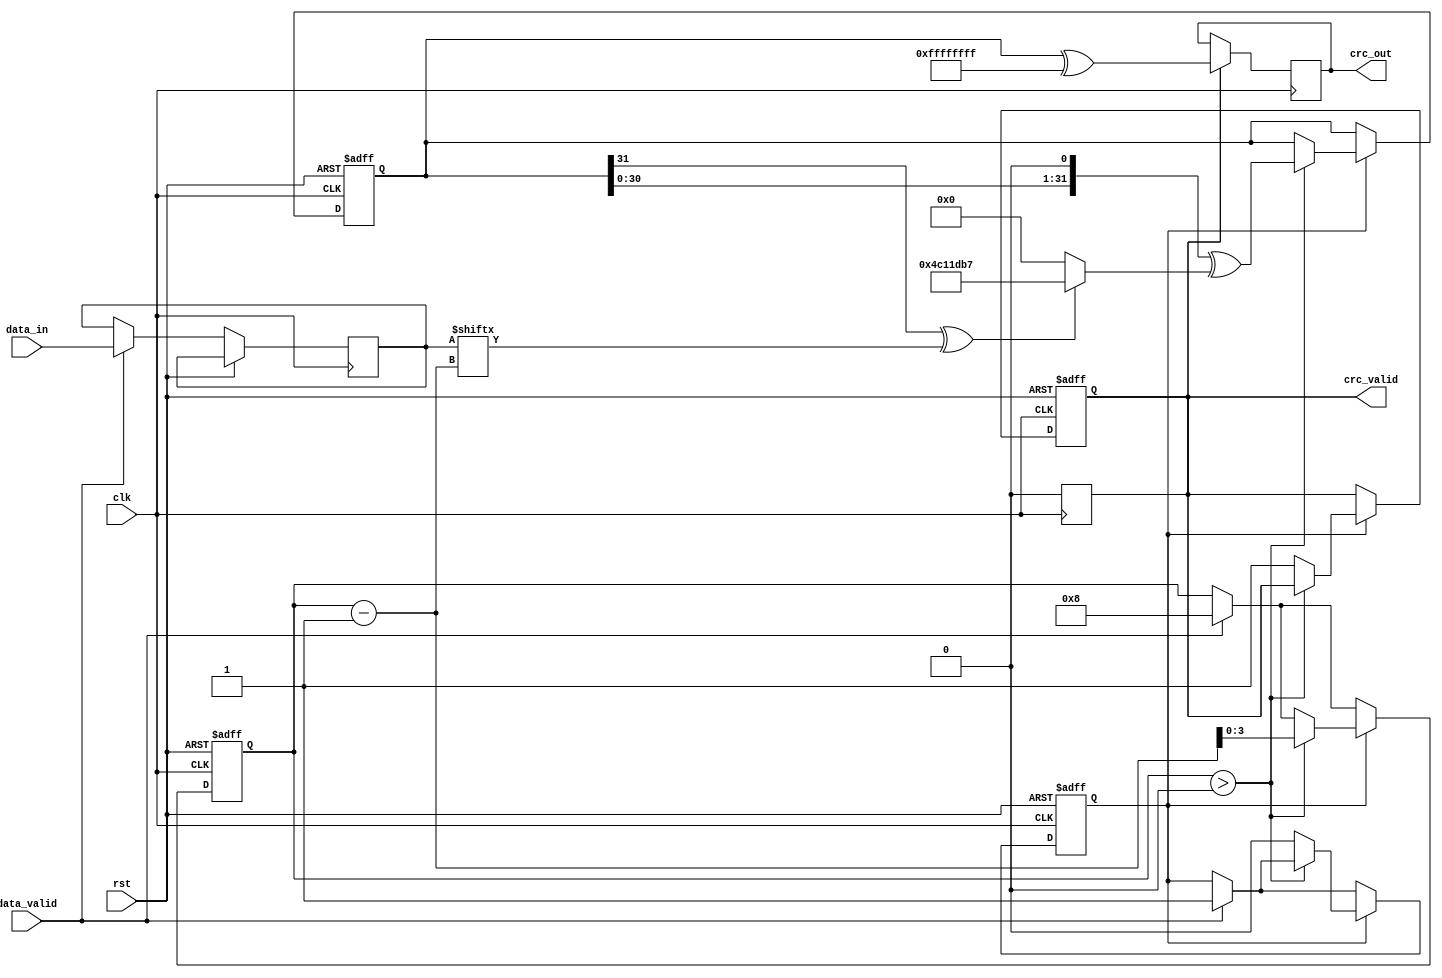
module parameterized_crc #(
    parameter CRC_WIDTH = 32,
    parameter POLYNOMIAL = 32'h04C11DB7, // Example: CRC-32 polynomial
    parameter INIT_VALUE = 32'hFFFFFFFF, // Example: Initial value for CRC-32
    parameter REFLECT_INPUT = 1'b0,
    parameter REFLECT_OUTPUT = 1'b0,
    parameter FINAL_XOR = 32'hFFFFFFFF
)(
    input wire clk,
    input wire rst,
    input wire [7:0] data_in,
    input wire data_valid,
    output reg [CRC_WIDTH-1:0] crc_out,
    output reg crc_valid
);

    reg [CRC_WIDTH-1:0] crc_reg;
    reg [7:0] data_buffer;
    reg [3:0] bit_counter;
    reg processing;

    // Reflect function for input data and output CRC
    function [7:0] reflect_input;
        input [7:0] data;
        integer i;
        begin
            reflect_input = 0;
            for (i = 0; i < 8; i = i + 1) begin
                reflect_input[i] = data[7 - i];
            end
        end
    endfunction

    function [CRC_WIDTH-1:0] reflect_output;
        input [CRC_WIDTH-1:0] crc;
        integer i;
        begin
            reflect_output = 0;
            for (i = 0; i < CRC_WIDTH; i = i + 1) begin
                reflect_output[i] = crc[CRC_WIDTH-1 - i];
            end
        end
    endfunction

    // CRC computation process
    always @(posedge clk or posedge rst) begin
        if (rst) begin
            crc_reg <= INIT_VALUE;
            crc_valid <= 1'b0;
            processing <= 1'b0;
            bit_counter <= 0;
        end else begin
            if (data_valid) begin
                data_buffer <= REFLECT_INPUT ? reflect_input(data_in) : data_in;
                processing <= 1'b1;
                bit_counter <= 8; // Process one byte
            end

            if (processing) begin
                if (bit_counter > 0) begin
                    crc_reg <= (crc_reg << 1) ^ ((crc_reg[CRC_WIDTH-1] ^ data_buffer[bit_counter-1]) ? POLYNOMIAL : 0);
                    bit_counter <= bit_counter - 1;
                end else begin
                    processing <= 1'b0;
                    crc_valid <= 1'b1;
                end
            end
        end
    end

    // Final CRC output processing
    always @(posedge clk) begin
        if (crc_valid) begin
            crc_out <= REFLECT_OUTPUT ? reflect_output(crc_reg) ^ FINAL_XOR : crc_reg ^ FINAL_XOR;
            crc_valid <= 1'b0; // Reset validity for the next calculation
        end
    end

endmodule